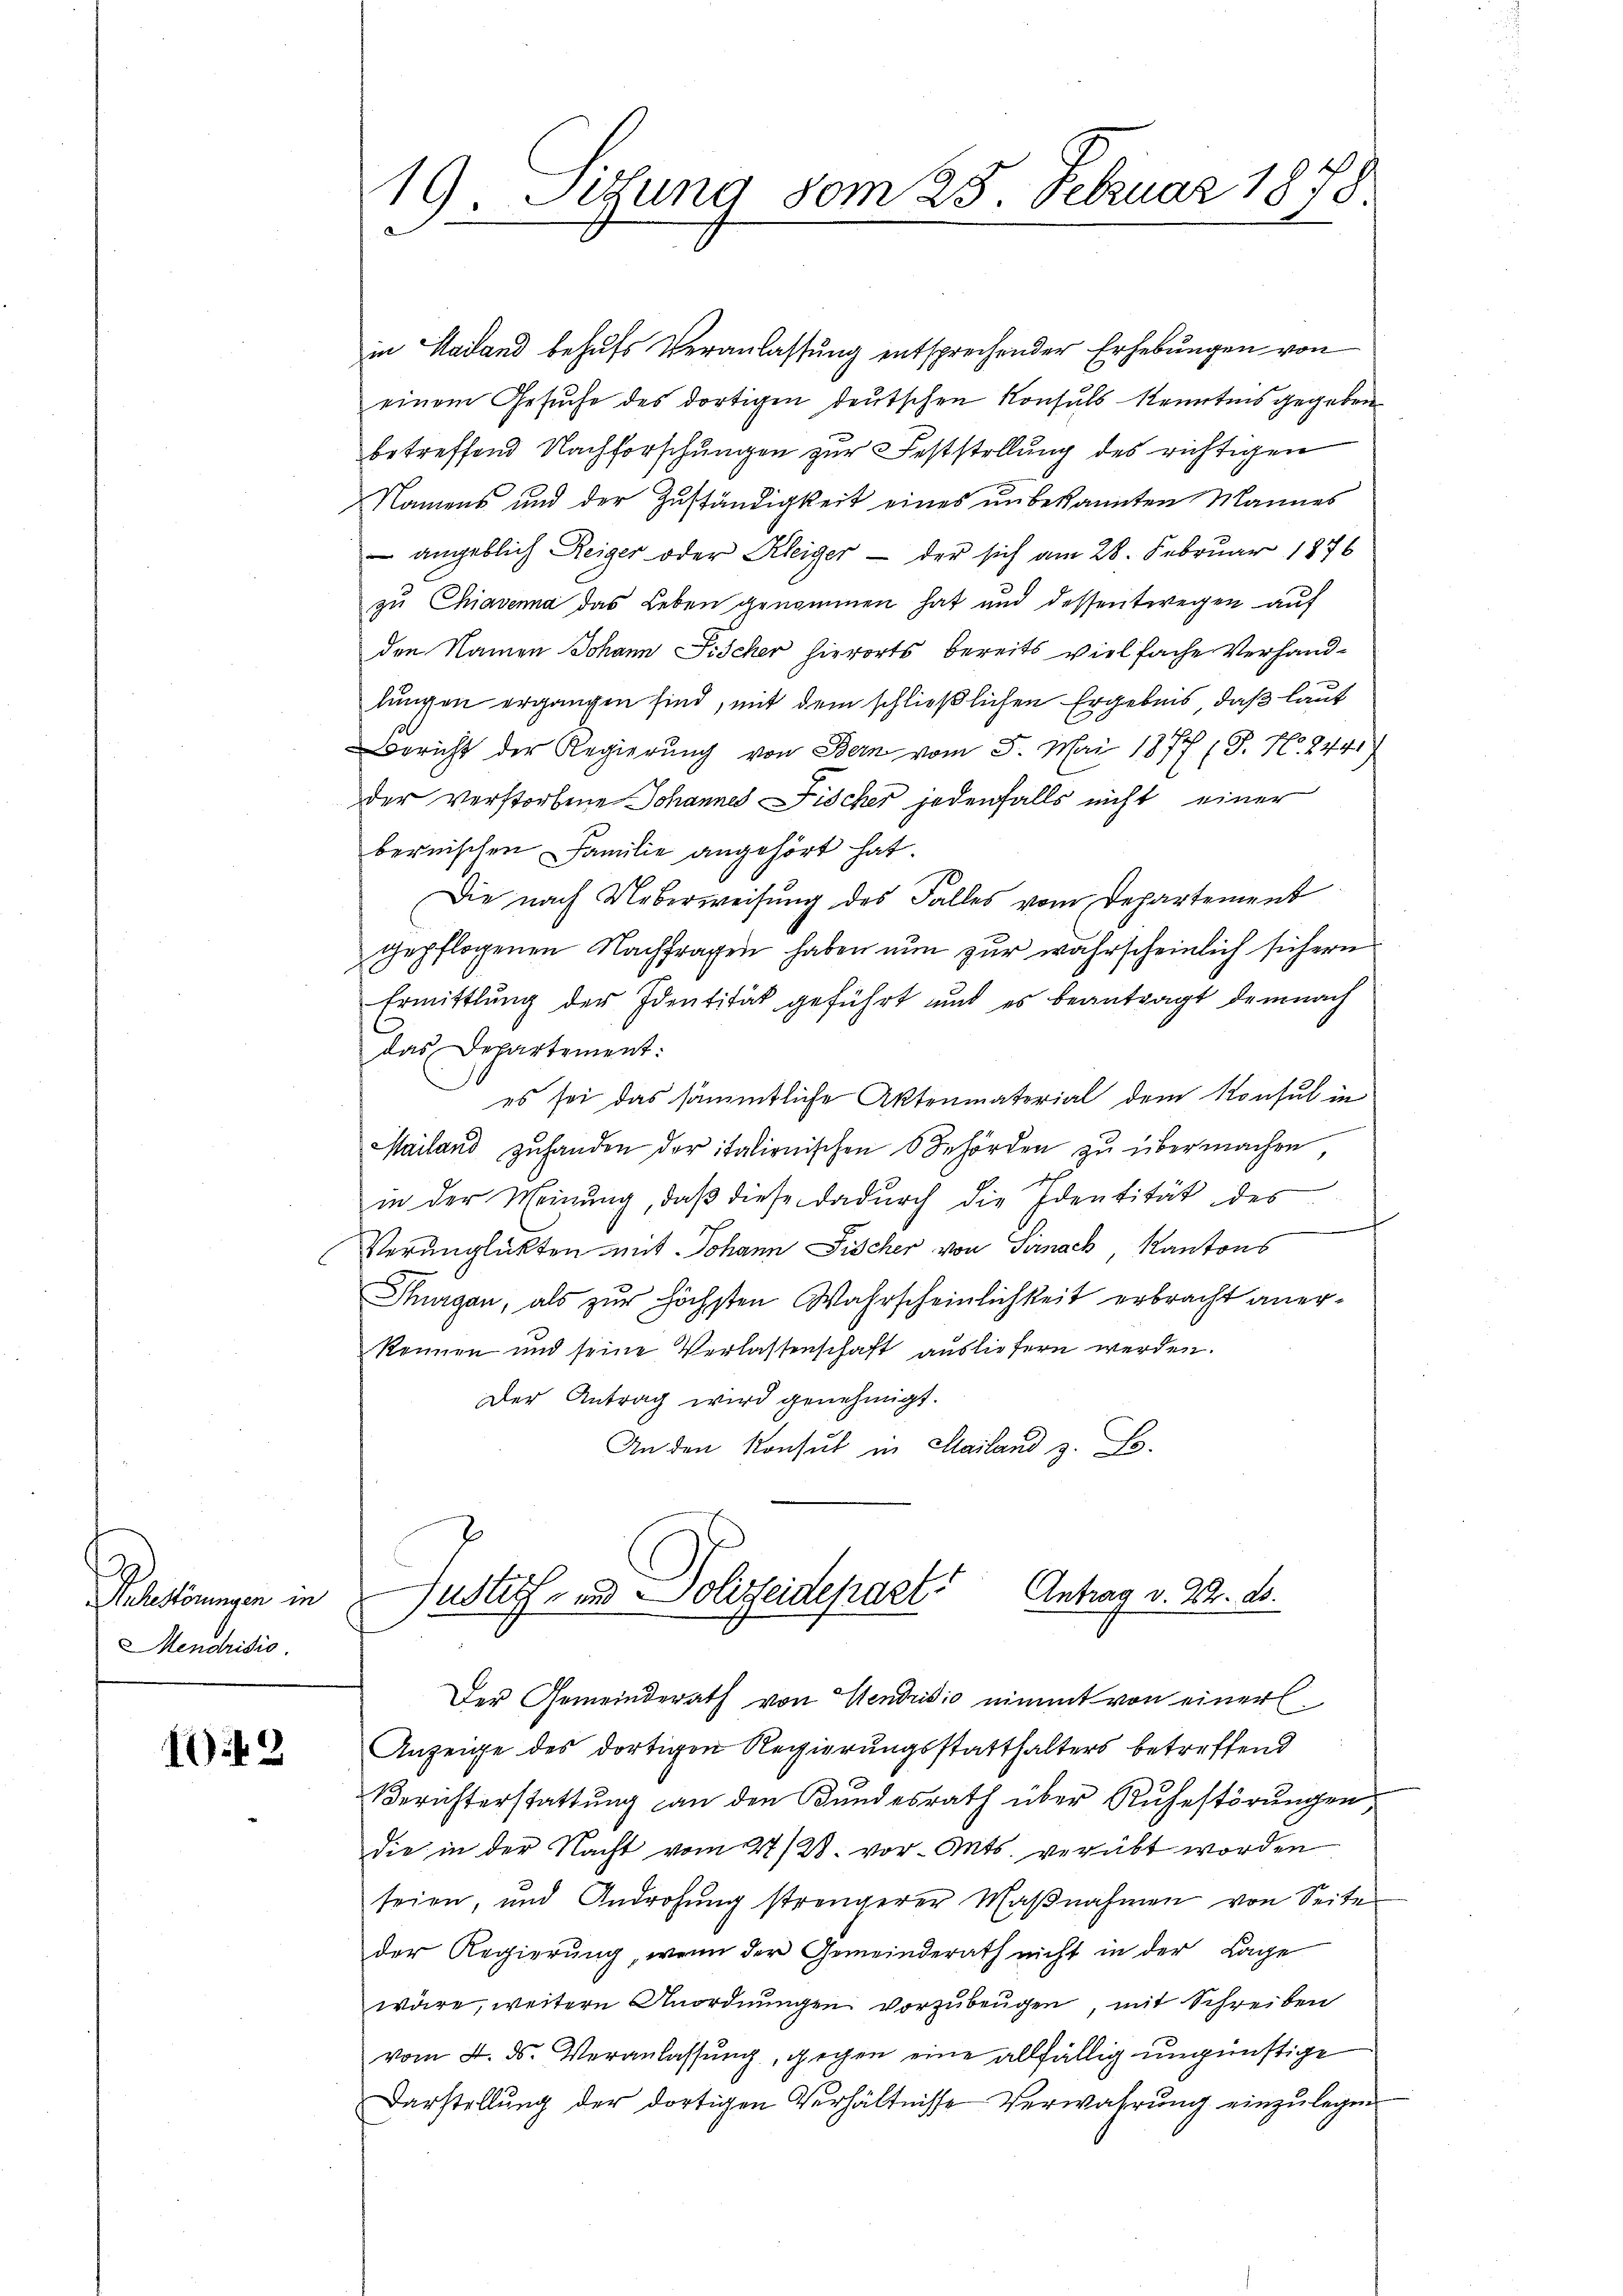
Pehestörungen in
Mendrisio

12

19. Setung vom 25. Februar 1878.
2

in Mailand behufs Veranlassung entsprechender Erhebungen von
einem Gesuche des dortigen deutschen Konsuls kenntnis gegeben
betreffend Nachforschungen zur Feststellung des richtigen
Namens und der Zuständigkeit eines unbekannten Mannes
 angeblich Reiger oder Kleiger — der sich am 28. Februar 1876
zu Chiavenna das Leben genommen hat und dessentwegen auf
den Namen Johann Fischer hierorts bereits vielfache Verhandlungen ergangen sind, mit dem schließlichen Ergebnis, daß laut
Bericht der Regierung von Bern vom 5. Mai 1877 (T. No. 244.
der verstorbene Johannes Fischer jedenfalls nicht einer
bernischen Familie angehört hat.
Die nach Ueberweisung des Falles vom Departement
gepflogenen Nachfragen haben nun zur wahrscheinlich sichern
Ermittlung der Identität geführt und es beantragt demnach
das Departement:
es sei das sämmtliche Aktenmaterial dem Konsul in
Mailand zuhanden der italionischen 6 Behörden zu übermachen
in der Meinung, daß diese dadurch die Identität des
Verunglükten mit Johann Fischer von Sirnach, Kantons
Thurgau, als zur höchsten Wahrscheinlichkeit erbracht aner¬
Rennen und seine Verlassenschaft ausliefern werden.
Der Antrag wird genehmigt.
An den Konsul in Mailand z. Fs.
Antrag v. 27. ds.
Justitz- und Polizeidepart
Der Gemeinderath von Mendrisio nimmt von einer
Anzeige des dortigen Regierungsstatthalters betreffend
Berichterstattung an den Bundesrath über Ruhestörungen,
die in der Nacht vom 27/28. vor. Mts. verübt worden
seien, und Androhung strengerer Maβnahmen von Seite
der Regierung, wenn der Gemeinderath nicht in der Lage
wäre, weitern Anordnungen vorzubeugen, mit Schreiben
vom 4. ds. Veranlassung, gegen eine allfällig ungünstige
Darstellung der dortigen Verhältnisse Verwahrung einzulegen